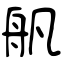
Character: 舤